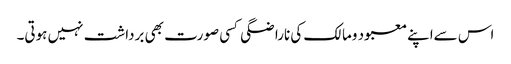
اس سےاپنے معبود ومالک کی ناراضگی کسی صورت بھی برداشت نہیں ہوتی۔